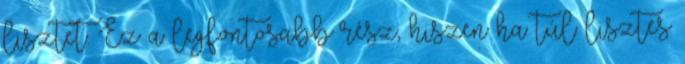
lisztet. Ez a legfontosabb rész, hiszen ha túl lisztes